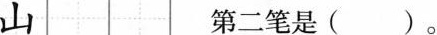
山 第二笔是()。